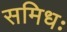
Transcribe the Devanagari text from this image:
समिधः